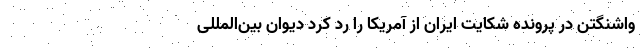
واشنگتن در پرونده شکایت ایران از آمریکا را رد کرد دیوان بین‌المللی